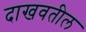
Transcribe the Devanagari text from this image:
दाखवतील